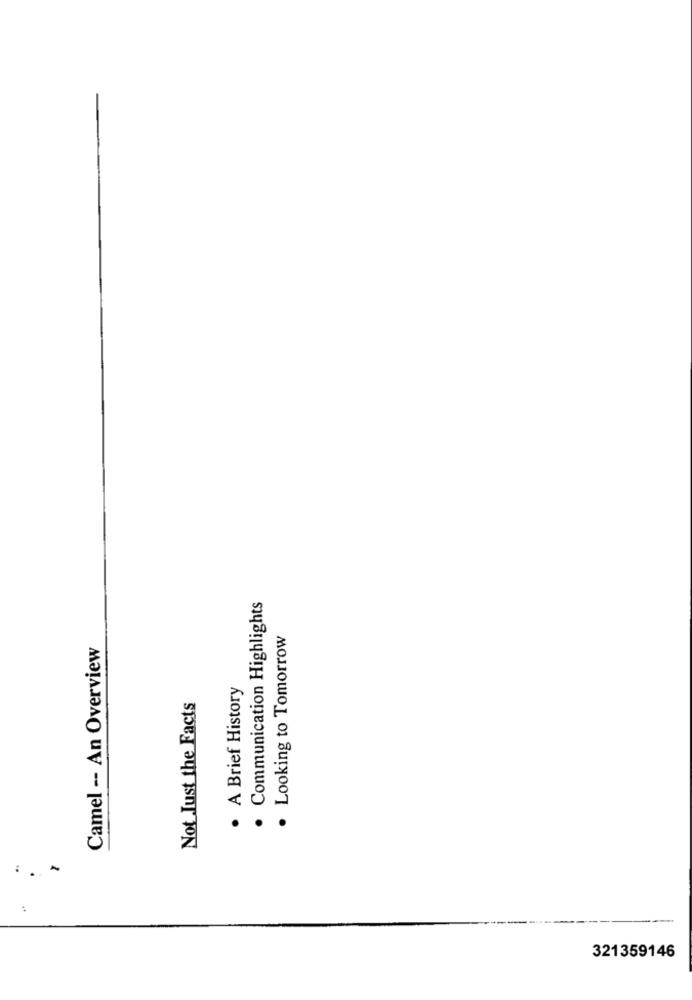
Communication Highlights
· Looking to Tomorrow
Camel -- An Overview
· A Brief History
Not Just the Facts
. ..
321359146